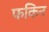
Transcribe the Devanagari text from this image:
फकिन